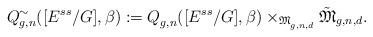
LaTeX: \begin{align*}{Q}^{\sim}_{g,n}([E^{ss}/G], \beta):= {Q}^{}_{g,n}([E^{ss}/G],\beta)\times_{\mathfrak{M}^{}_{g,n,d}} \tilde{\mathfrak{M}}_{g,n,d}.\end{align*}